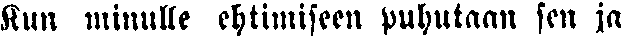
Kun minulle ehtimiseen puhutaan sen ja